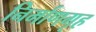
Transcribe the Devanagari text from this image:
निर्माणगृह